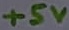
Text: +5V